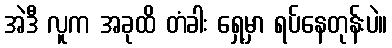
အဲဒီ လူက အခုထိ တံခါး ရှေ့မှာ ရပ်နေတုန်းပဲ။